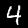
Label: 4